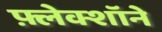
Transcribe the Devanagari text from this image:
फ़्लेक्शॉने